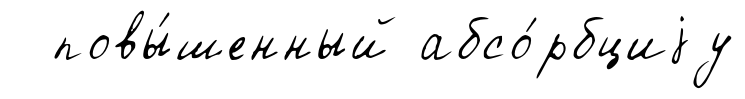
повы́шенный абсо́рбциjу